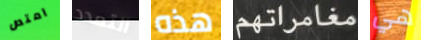
امتص التمدد هذه مغامراتهم هي